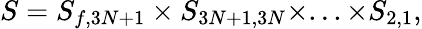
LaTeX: S=S_{f,3N+1}\times S_{3N+1,3N}\times...\times S_{2,1},